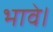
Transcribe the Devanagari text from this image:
भावे।